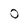
Character: O